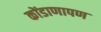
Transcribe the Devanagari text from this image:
कोंडाणापण